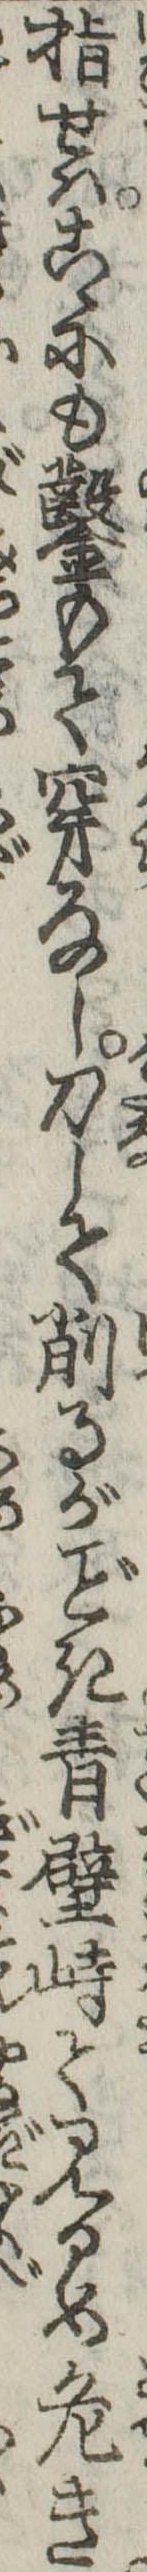
指せはこゝにも鑿もて穿なし刀して削るがき青壁峙て見るめ危き